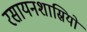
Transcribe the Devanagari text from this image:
रसायनशास्रियों